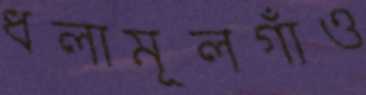
ধলামূলগাঁও